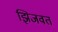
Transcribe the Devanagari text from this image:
झिजवत